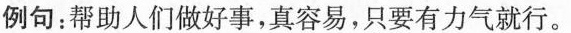
例句：帮助人们做好事，真容易，只要有力气就行。